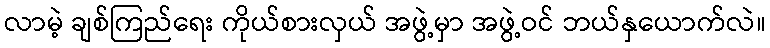
လာမဲ့ ချစ်ကြည်ရေး ကိုယ်စားလှယ် အဖွဲ့မှာ အဖွဲ့ဝင် ဘယ်နှယောက်လဲ။